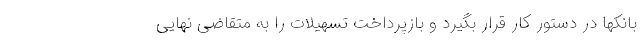
بانکها در دستور کار قرار بگیرد و بازپرداخت تسهیلات را به متقاضی نهایی